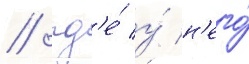
/ гд'е́ у́ н'его́